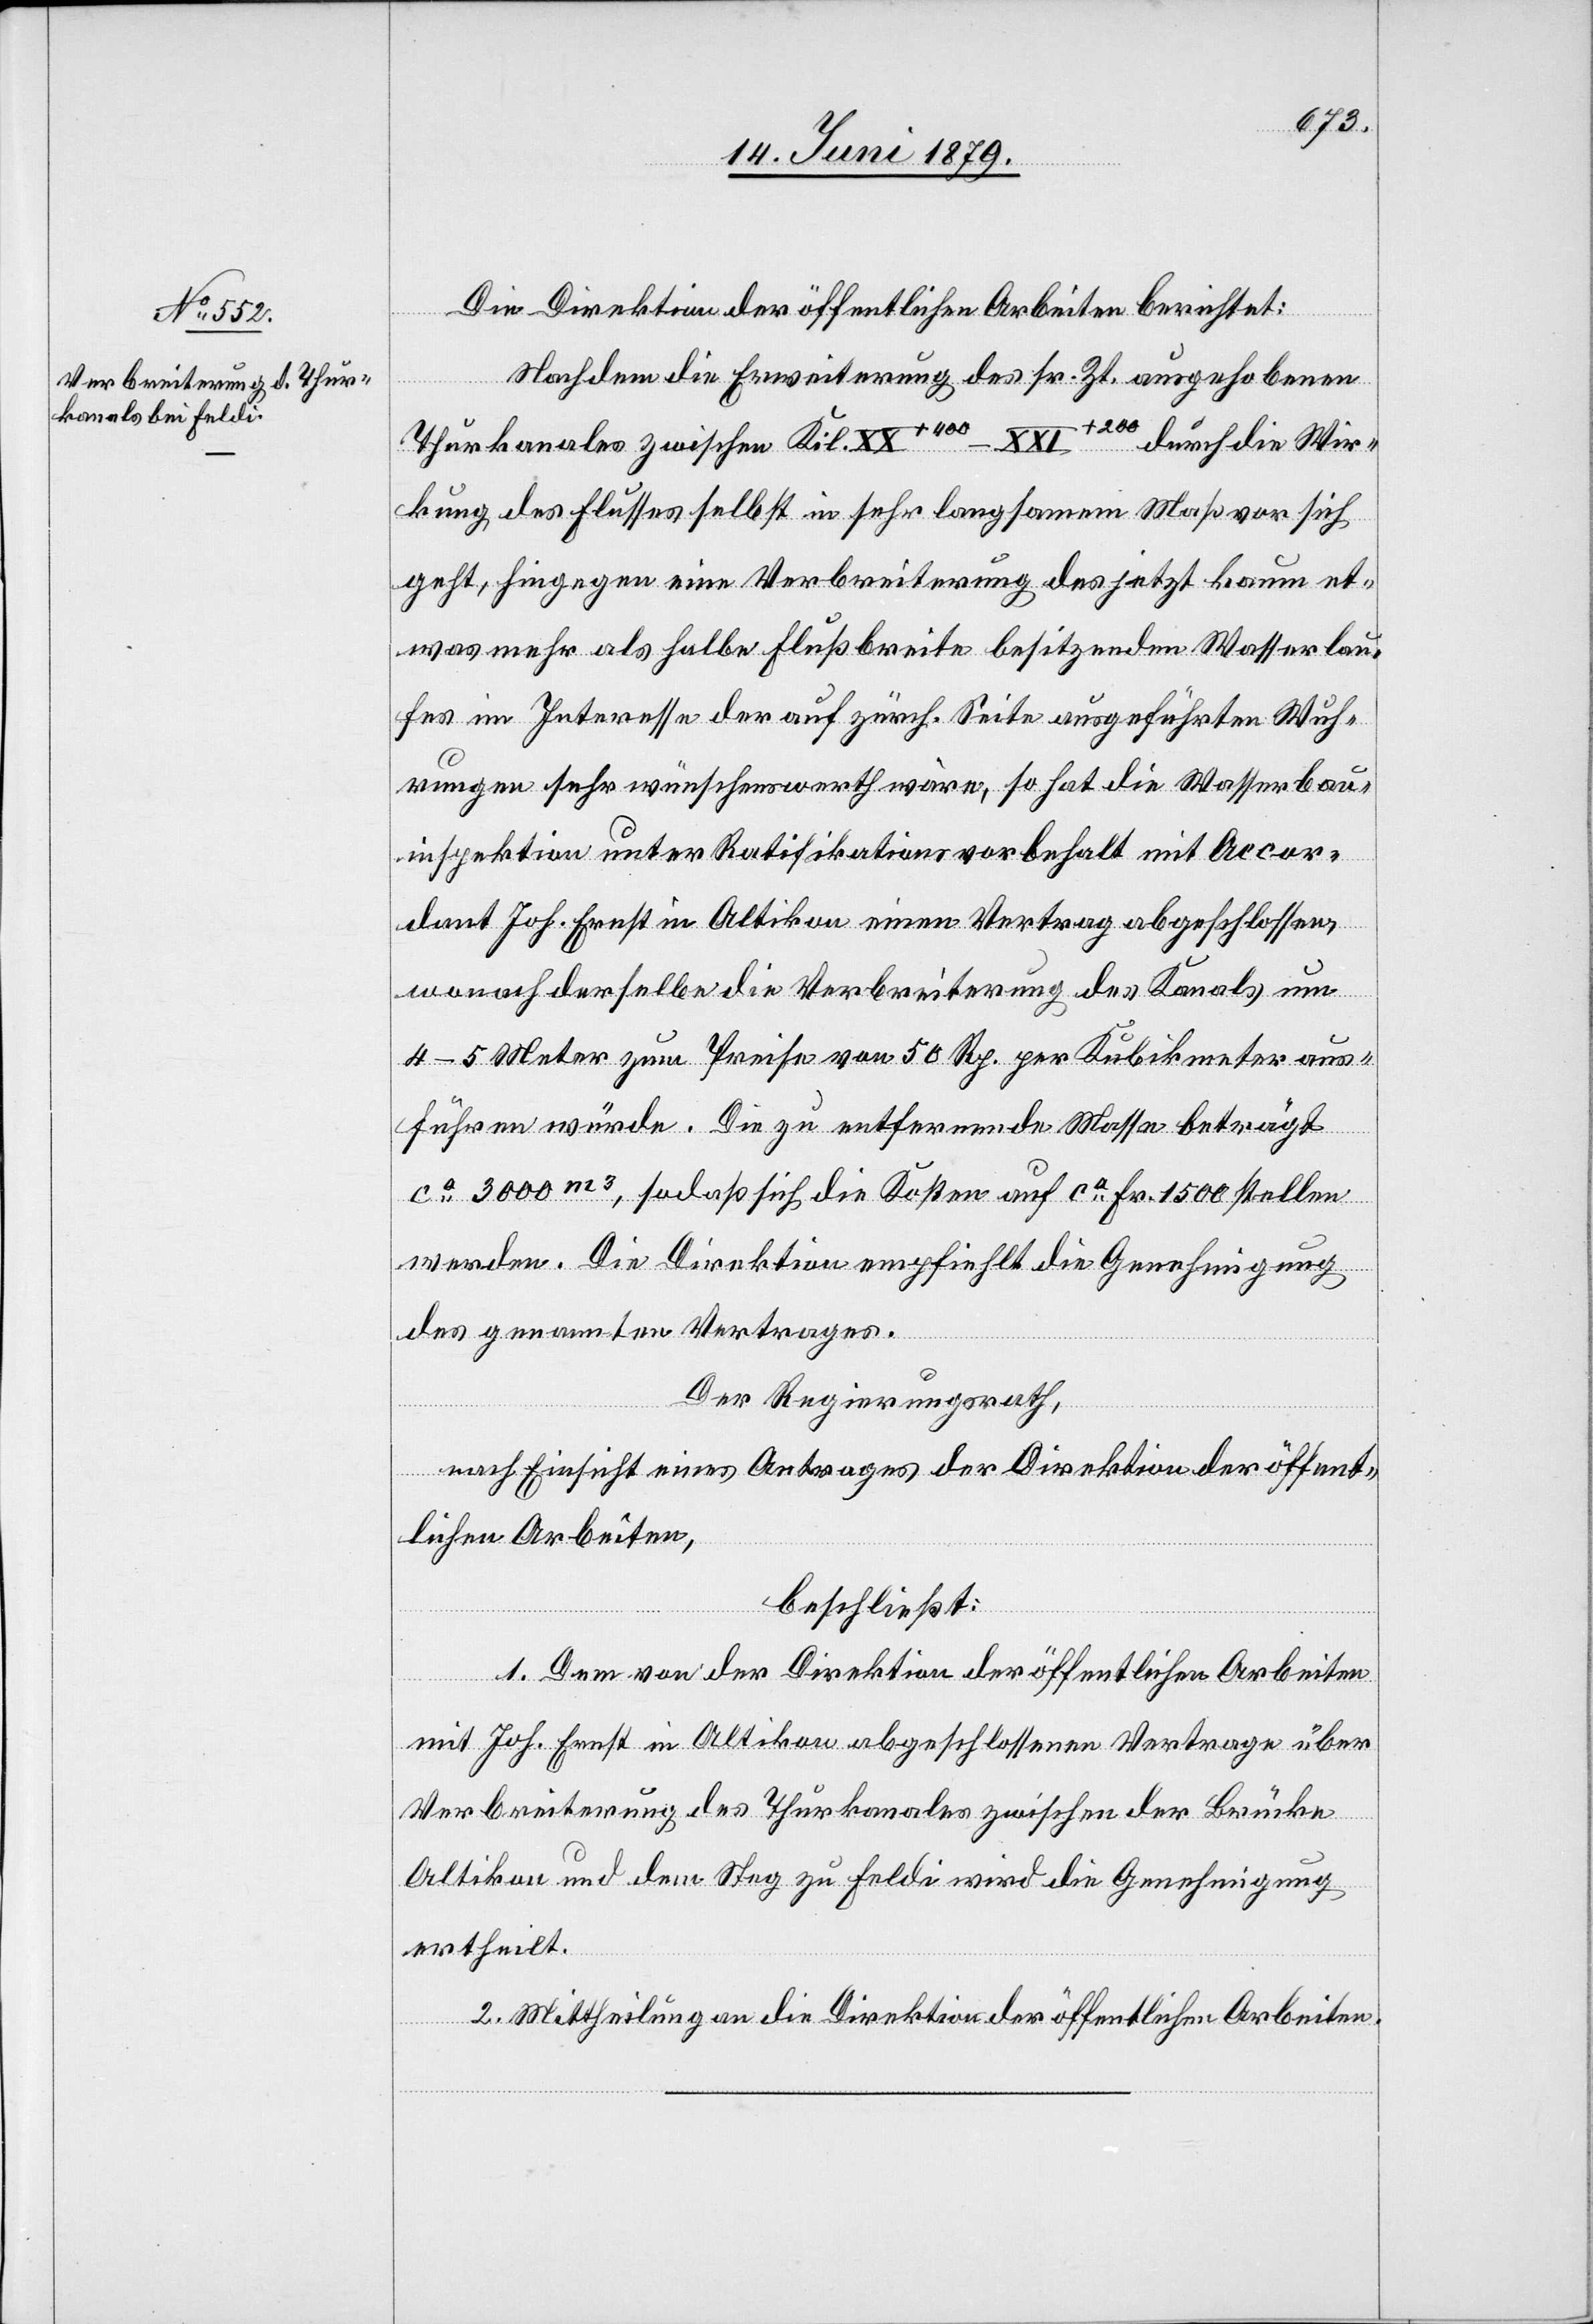
Die Direktion der öffentlichen Arbeiten berichtet:
Nachdem die Erweiterung des sr. Zt. ausgehobenen
Thurkanales zwischen Kil. XX+400–XXI+200 durch die Wir¬
kung des Flusses selbst in sehr langsamem Maß vor sich
geht, hingegen eine Verbreiterung des jetzt kaum et¬
was mehr als halbe Flußbreite besitzenden Wasserlau¬
fes im Interesse der auf zürch. Seite ausgeführten Wuh¬
rungen sehr wünschenswerth wäre, so hat die Wasserbau¬
inspektion unter Ratifikationsvorbehalt mit Accor¬
dant Joh. Ernst in Altikon einen Vertrag abgeschlossen,
wonach derselbe die Verbreiterung des Kanals um
4–5 Meter zum Preise von 50 Rp. per Kubikmeter aus¬
führen würde. Die zu entfernende Masse beträgt
ca 3000m3, sodaß sich die Kosten auf ca Fr. 1500 stellen
werden. Die Direktion empfiehlt die Genehmigung
des genannten Vertrages.
Der Regierungsrath,
nach Einsicht eines Antrages der Direktion der öffent¬
lichen Arbeiten,
beschließt:
1. Dem von der Direktion der öffentlichen Arbeiten
mit Joh. Ernst in Altikon abgeschlossenen Vertrage über
Verbreiterung des Thurkanales zwischen der Brücke
Altikon und dem Steg zu Feldi wird die Genehmigung
ertheilt.
2. Mittheilung an die Direktion der öffentlichen Arbeiten.